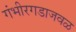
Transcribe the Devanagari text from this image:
गंभीरगडाजवळ